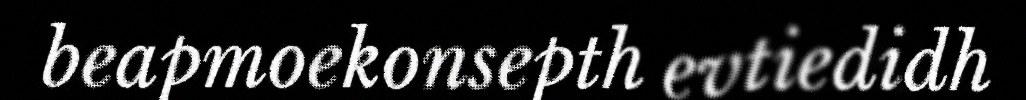
beapmoekonsepth evtiedidh